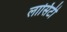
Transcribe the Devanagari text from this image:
लासिटी